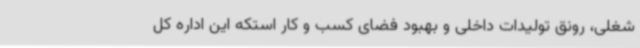
شغلی، رونق تولیدات داخلی و بهبود فضای کسب و کار استکه این اداره کل